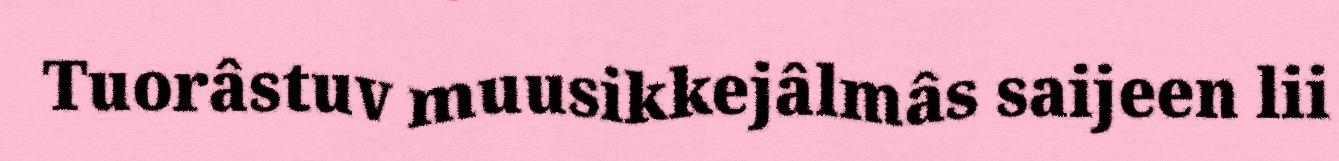
Tuorâstuv muusikkejâlmâs saijeen lii